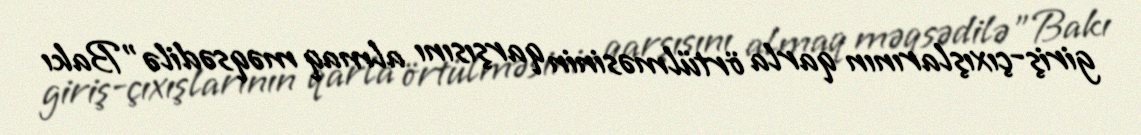
giriş-çıxışlarının qarla örtülməsinin qarşısını almaq məqsədilə "Bakı